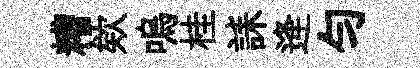
糟欸嗚桂誄逄勻